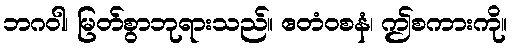
ဘဂဝါ၊ မြတ်စွာဘုရားသည်။ ဧတံဝစနံ၊ ဤစကားကို။